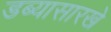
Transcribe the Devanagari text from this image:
डब्यासारखे